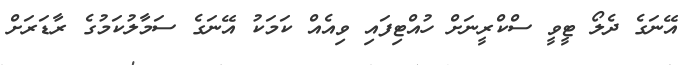
އޭނަގެ ދެލޯ ޓީވީ ސްކްރީނަށް ހުއްޓިފައި ވިއެއް ކަމަކު އޭނަގެ ސަމާލުކަމުގެ ރާޑަރަށް